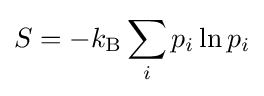
S=-k_{\text{B}}\sum _{i}p_{i}\ln p_{i}